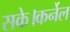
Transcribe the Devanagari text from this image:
सके।कर्नेल